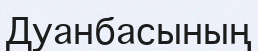
Дуанбасының